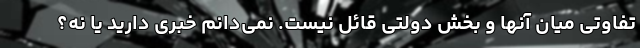
تفاوتی میان آنها و بخش دولتی قائل نیست. نمی‌دانم خبری دارید یا نه؟